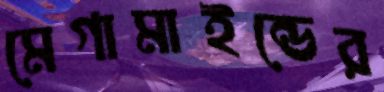
মেগামাইন্ডের